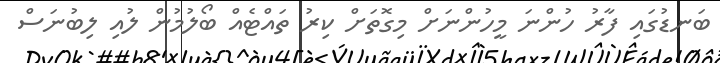
ބަނޑުގައި ފާރު ހުންނަ މީހުންނަށް މިގޮތަށް ކިރު ތައްޓެއް ބޯލުމުން ލުއި ލިބުނަސް